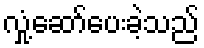
လှုံ့ဆော်ပေးခဲ့သည်